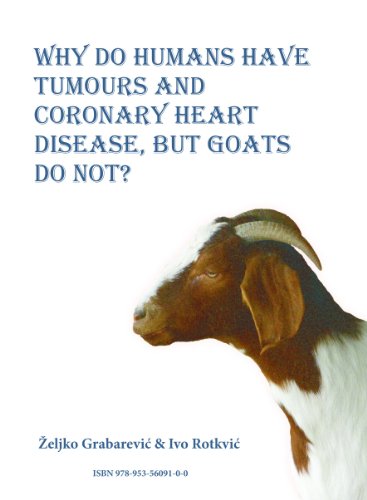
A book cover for WHY DO HUMANS HAVE TUMOURS AND CORONARY HEART DISEASE, BUT GOATS DO NOT?; Å½eljko GrabareviÄE; Medical Books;